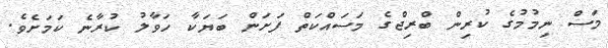
މަސް ނިމުމުގެ ކުރިން ބްރިޖްގެ މަަސައްކަތް ފަށަން ބަޔަކާ ހަވާލު ކުރާނެ ކަމަށެވެ.